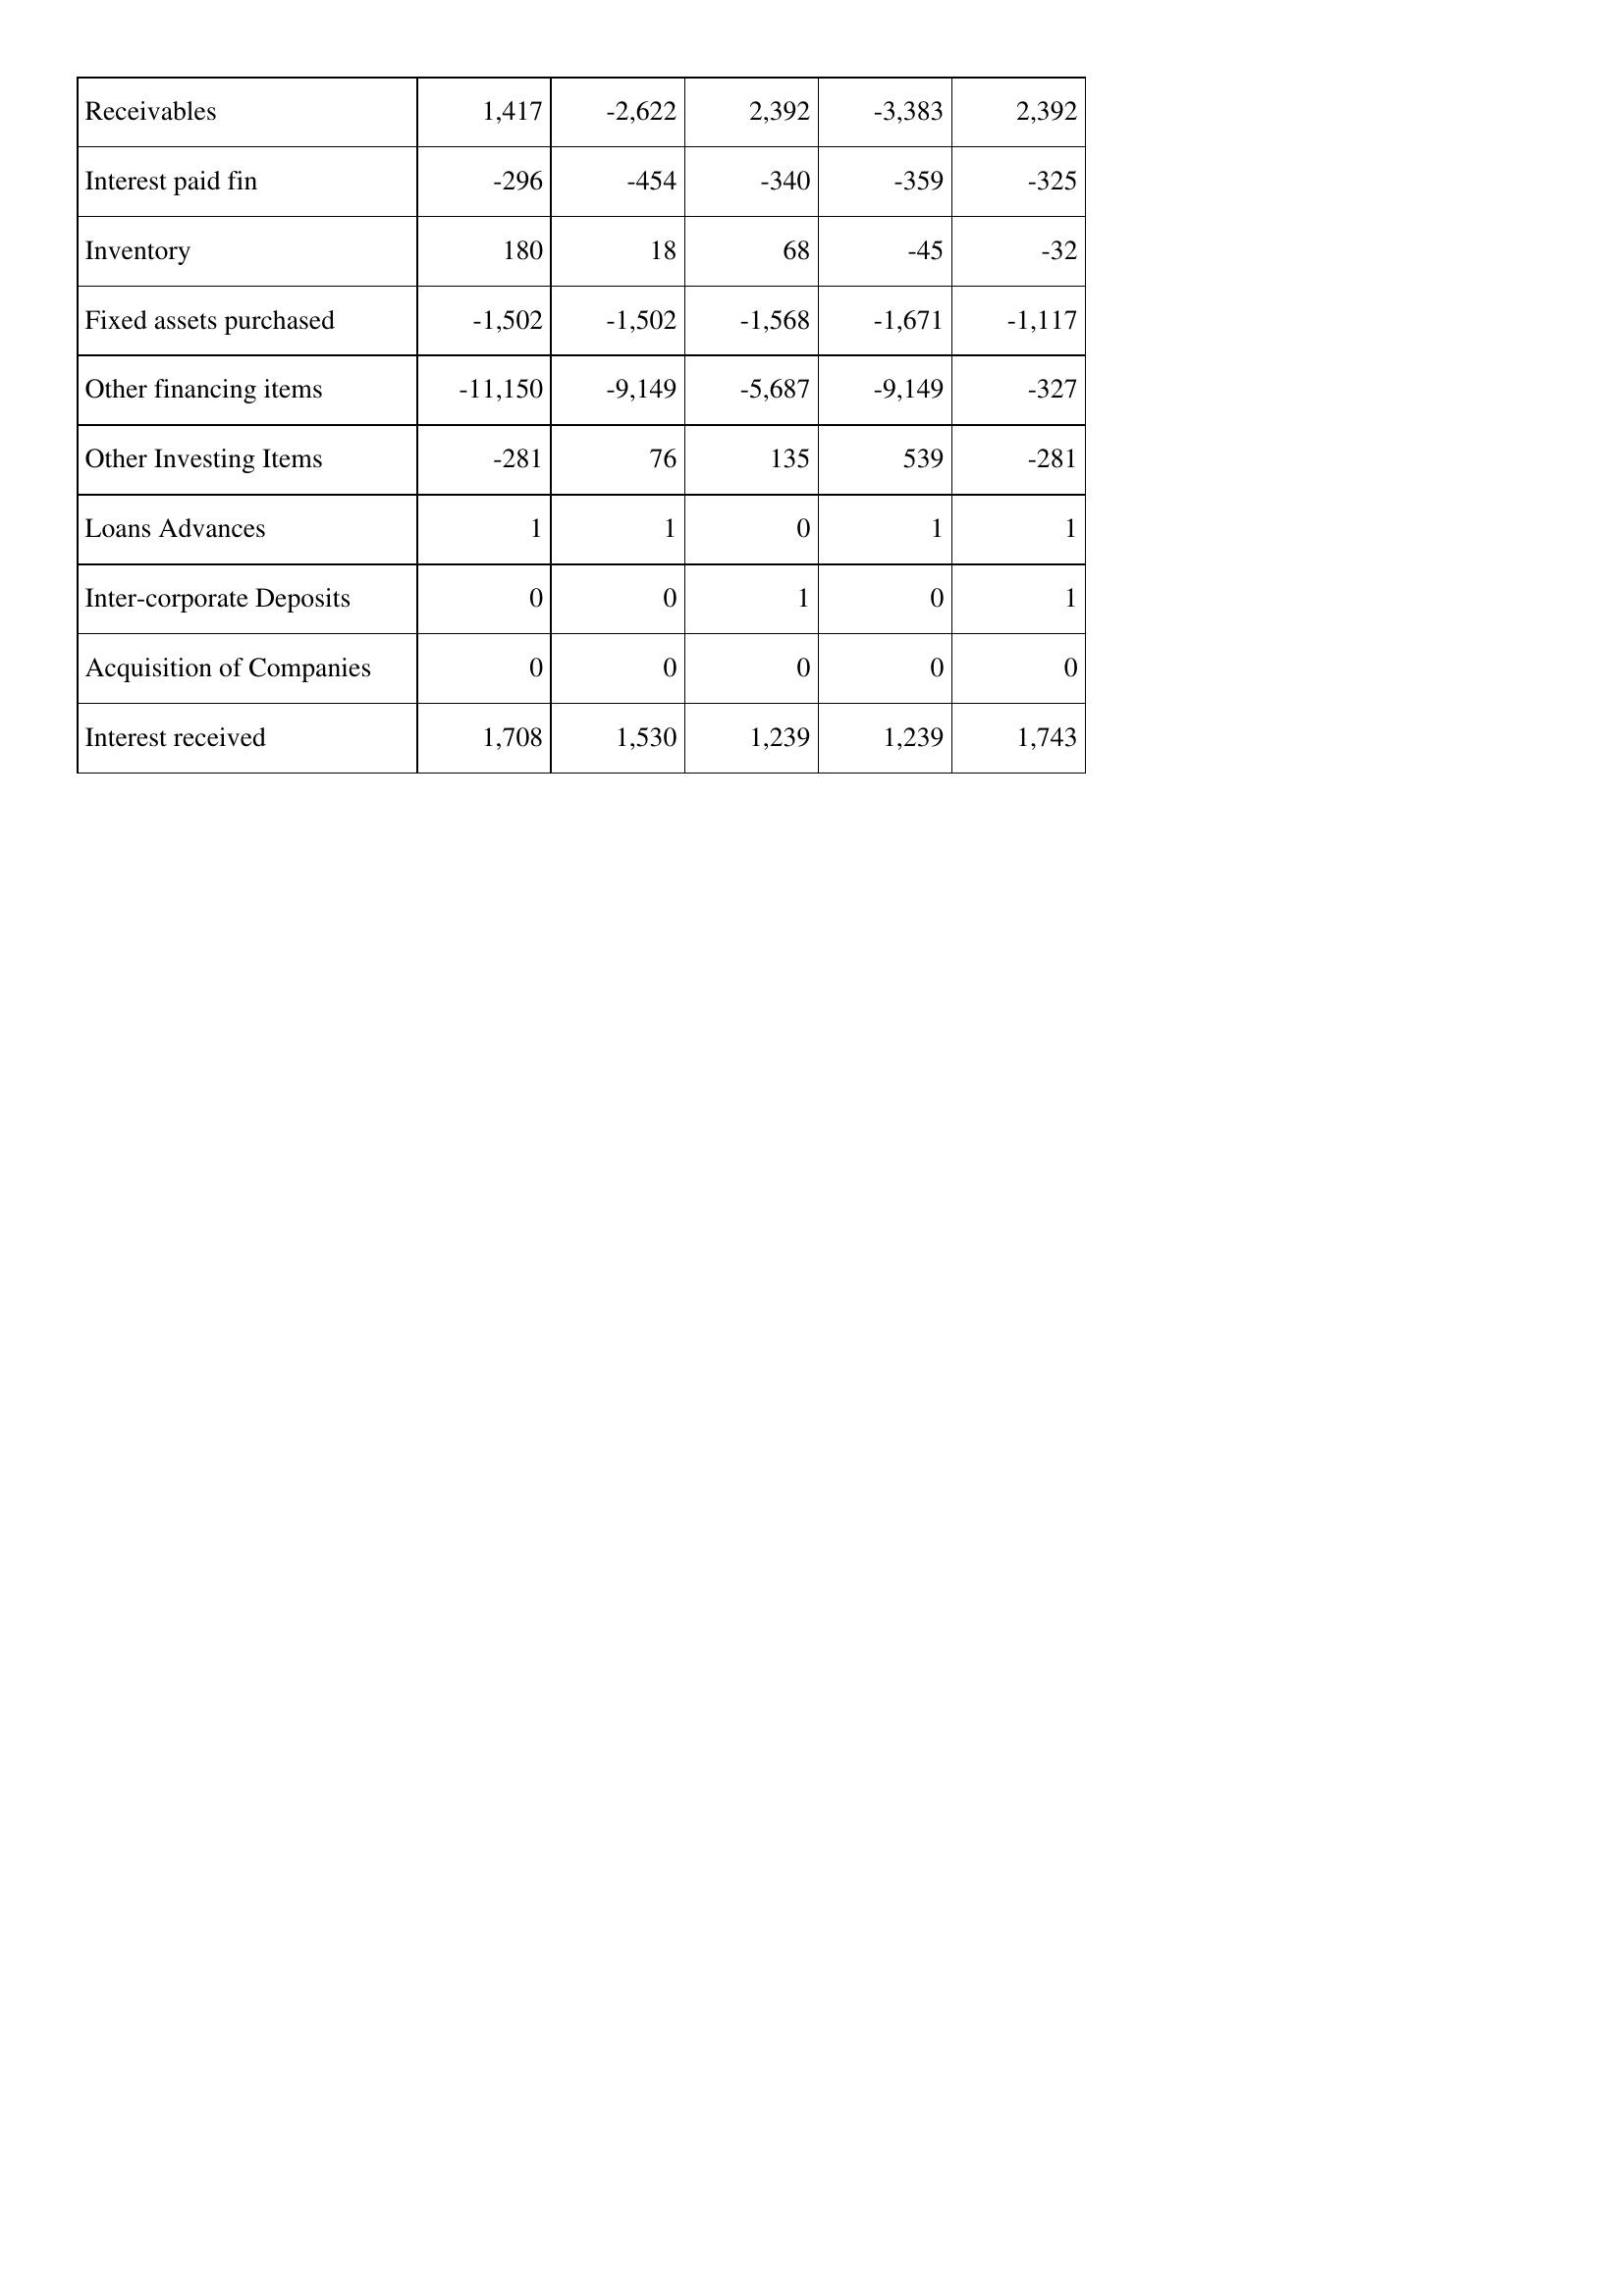
Jan-16: Cash Flows: Receivables: 1,417
Interest paid fin: -296
Inventory: 180
Fixed assets purchased: -1,502
Other financing items: -11,150
Other Investing Items: -281
Loans Advances: 1
Inter-corporate Deposits: 0
Acquisition of Companies: 0
Interest received: 1,708
Jan-17: Cash Flows: Receivables: -2,622
Interest paid fin: -454
Inventory: 18
Fixed assets purchased: -1,502
Other financing items: -9,149
Other Investing Items: 76
Loans Advances: 1
Inter-corporate Deposits: 0
Acquisition of Companies: 0
Interest received: 1,530
Jan-18: Cash Flows: Receivables: 2,392
Interest paid fin: -340
Inventory: 68
Fixed assets purchased: -1,568
Other financing items: -5,687
Other Investing Items: 135
Loans Advances: 0
Inter-corporate Deposits: 1
Acquisition of Companies: 0
Interest received: 1,239
Jan-19: Cash Flows: Receivables: -3,383
Interest paid fin: -359
Inventory: -45
Fixed assets purchased: -1,671
Other financing items: -9,149
Other Investing Items: 539
Loans Advances: 1
Inter-corporate Deposits: 0
Acquisition of Companies: 0
Interest received: 1,239
Jan-20: Cash Flows: Receivables: 2,392
Interest paid fin: -325
Inventory: -32
Fixed assets purchased: -1,117
Other financing items: -327
Other Investing Items: -281
Loans Advances: 1
Inter-corporate Deposits: 1
Acquisition of Companies: 0
Interest received: 1,743